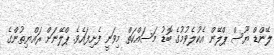
ލޭންޑް ޔޫސް ޕްލޭން އެކުލެވުމުގެ ބޮޑު މަސައްކަތް މިވަނީ ފެށިފައެވެ. ޕްލޭނަށް ރައްޔިތުންގެ